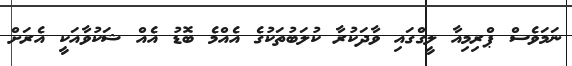
ނަމަވެސް ޕްރިމިއާ ލީގްގައި ވާދަކުރާ ކުލަބުތަކުގެ އެއްމެ ބޮޑު އެއް ޝަކުވާއަކީ އެރަށް